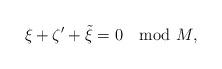
LaTeX: \begin{align*} \xi+\zeta'+\tilde\xi = 0 \mod M,\end{align*}